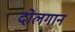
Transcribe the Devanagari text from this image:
दोलगान